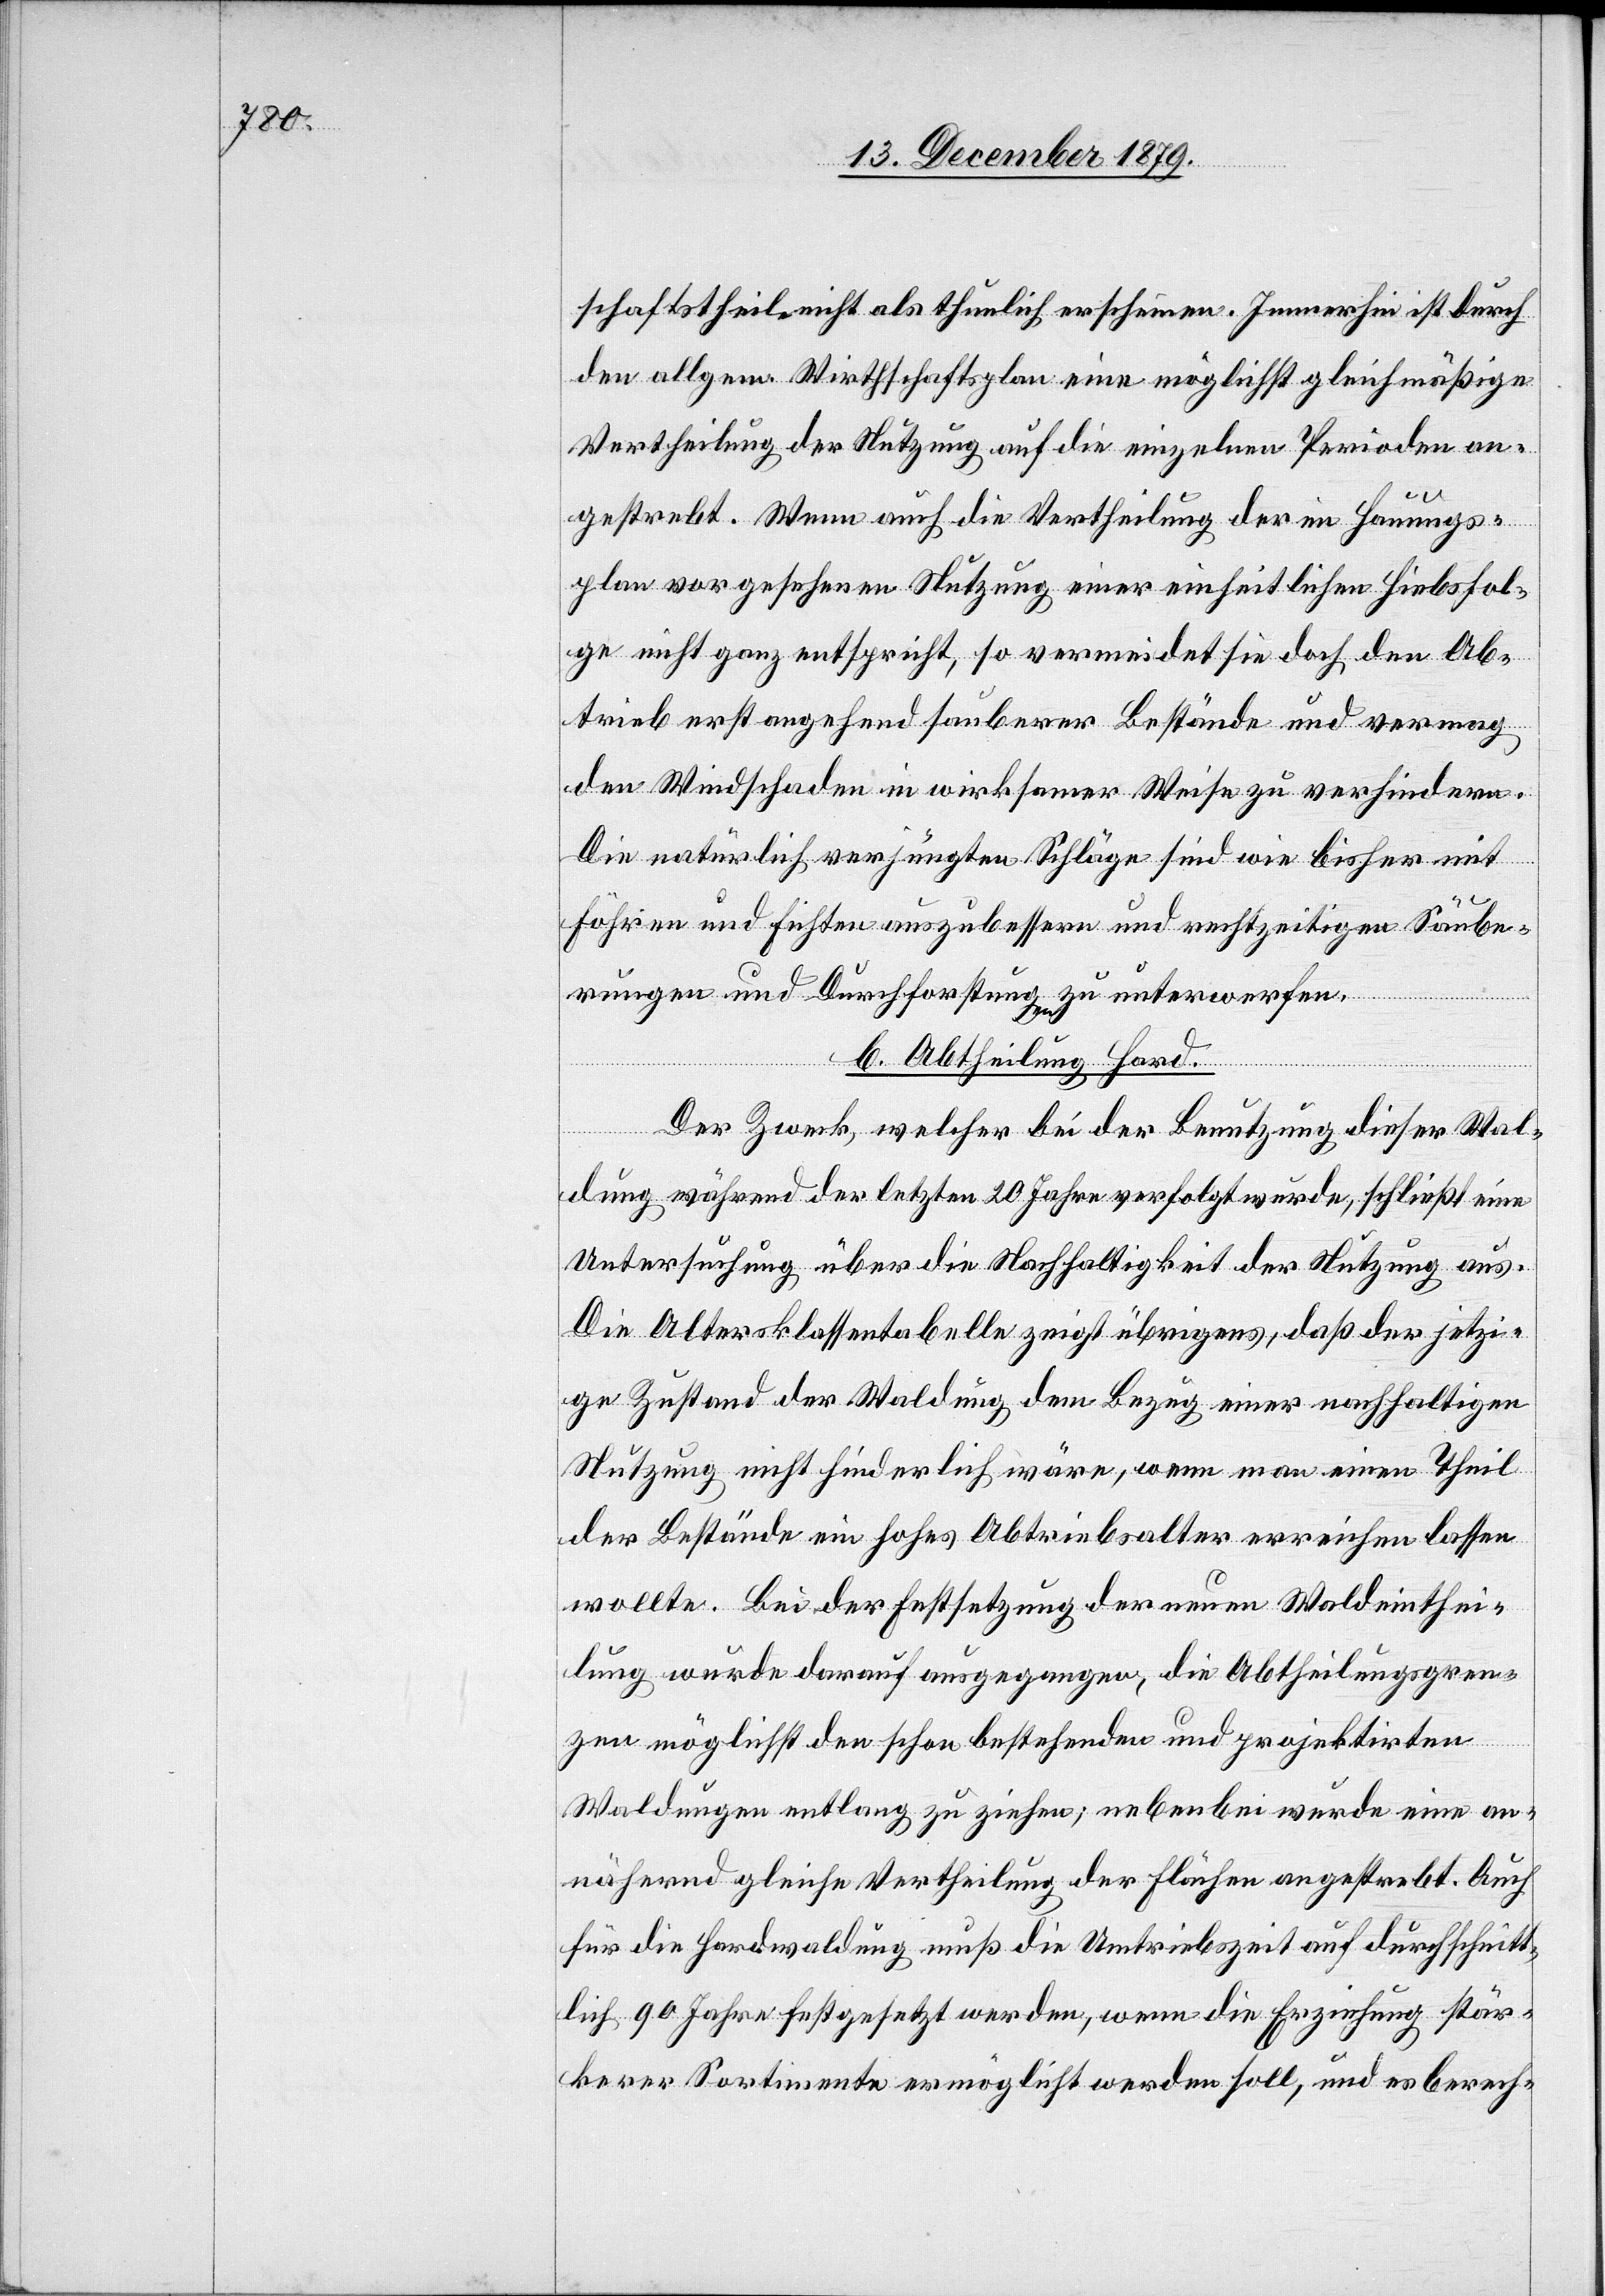
schaftstheil nicht als thunlich erscheinen. Immerhin ist durch
den allgem. Wirthschaftsplan eine möglichst gleichmäßige
Vertheilung der Nutzung auf die einzelnen Perioden an¬
gestrebt. Wenn auch die Vertheilung der im Hauungs¬
plan vorgesehenen Stutzung einer einheitlichen Hiebsfol¬
ge nicht ganz entspricht, so vermeidet sie doch den Ab¬
trieb erst angehend sauberer Bestände und vermag
den Windschaden in wirksamer Weise zu verhindern.
Die natürlich verjüngten Schläge sind wie bisher mit
Fähren und Fichten auszubessern und rechtzeitigen Säube¬
rungen und Durchforstungen zu unterwerfen.
b. Abtheilung Hard
Der Zweck, welcher bei der Benutzung dieser Wal¬
dung während der letzten 20 Jahre verfolgt wurde, schließt eine
Untersuchung über die Nachhaltigkeit der Stutzung aus.
Die Altersklassentabelle zeigt übrigens, daß der jetzi¬
ge Zustand der Waldung dem Bezug einer nachhaltigen
Nutzung nicht hinderlich wäre, wenn man einen Theil
der Bestände ein hohes Abtriebsalter erreichen lassen
wollte. Bei der Festsetzung der neuen Waldeinthei¬
lung wurde darauf ausgegangen, die Abtheilungsgren¬
zen möglichst den schon bestehenden und projektirten
Waldungen entlang zu ziehen; nebenbei wurde eine an¬
nähernd gleiche Vertheilung der Fläche angestrebt. Auch
für die Hardwaldung muß die Umtriebszeit auf durchschnitt¬
lich 90 Jahre festgesetzt werden, wenn die Erziehung stär¬
kerer Sortimente ermöglicht werden soll, und es berech-